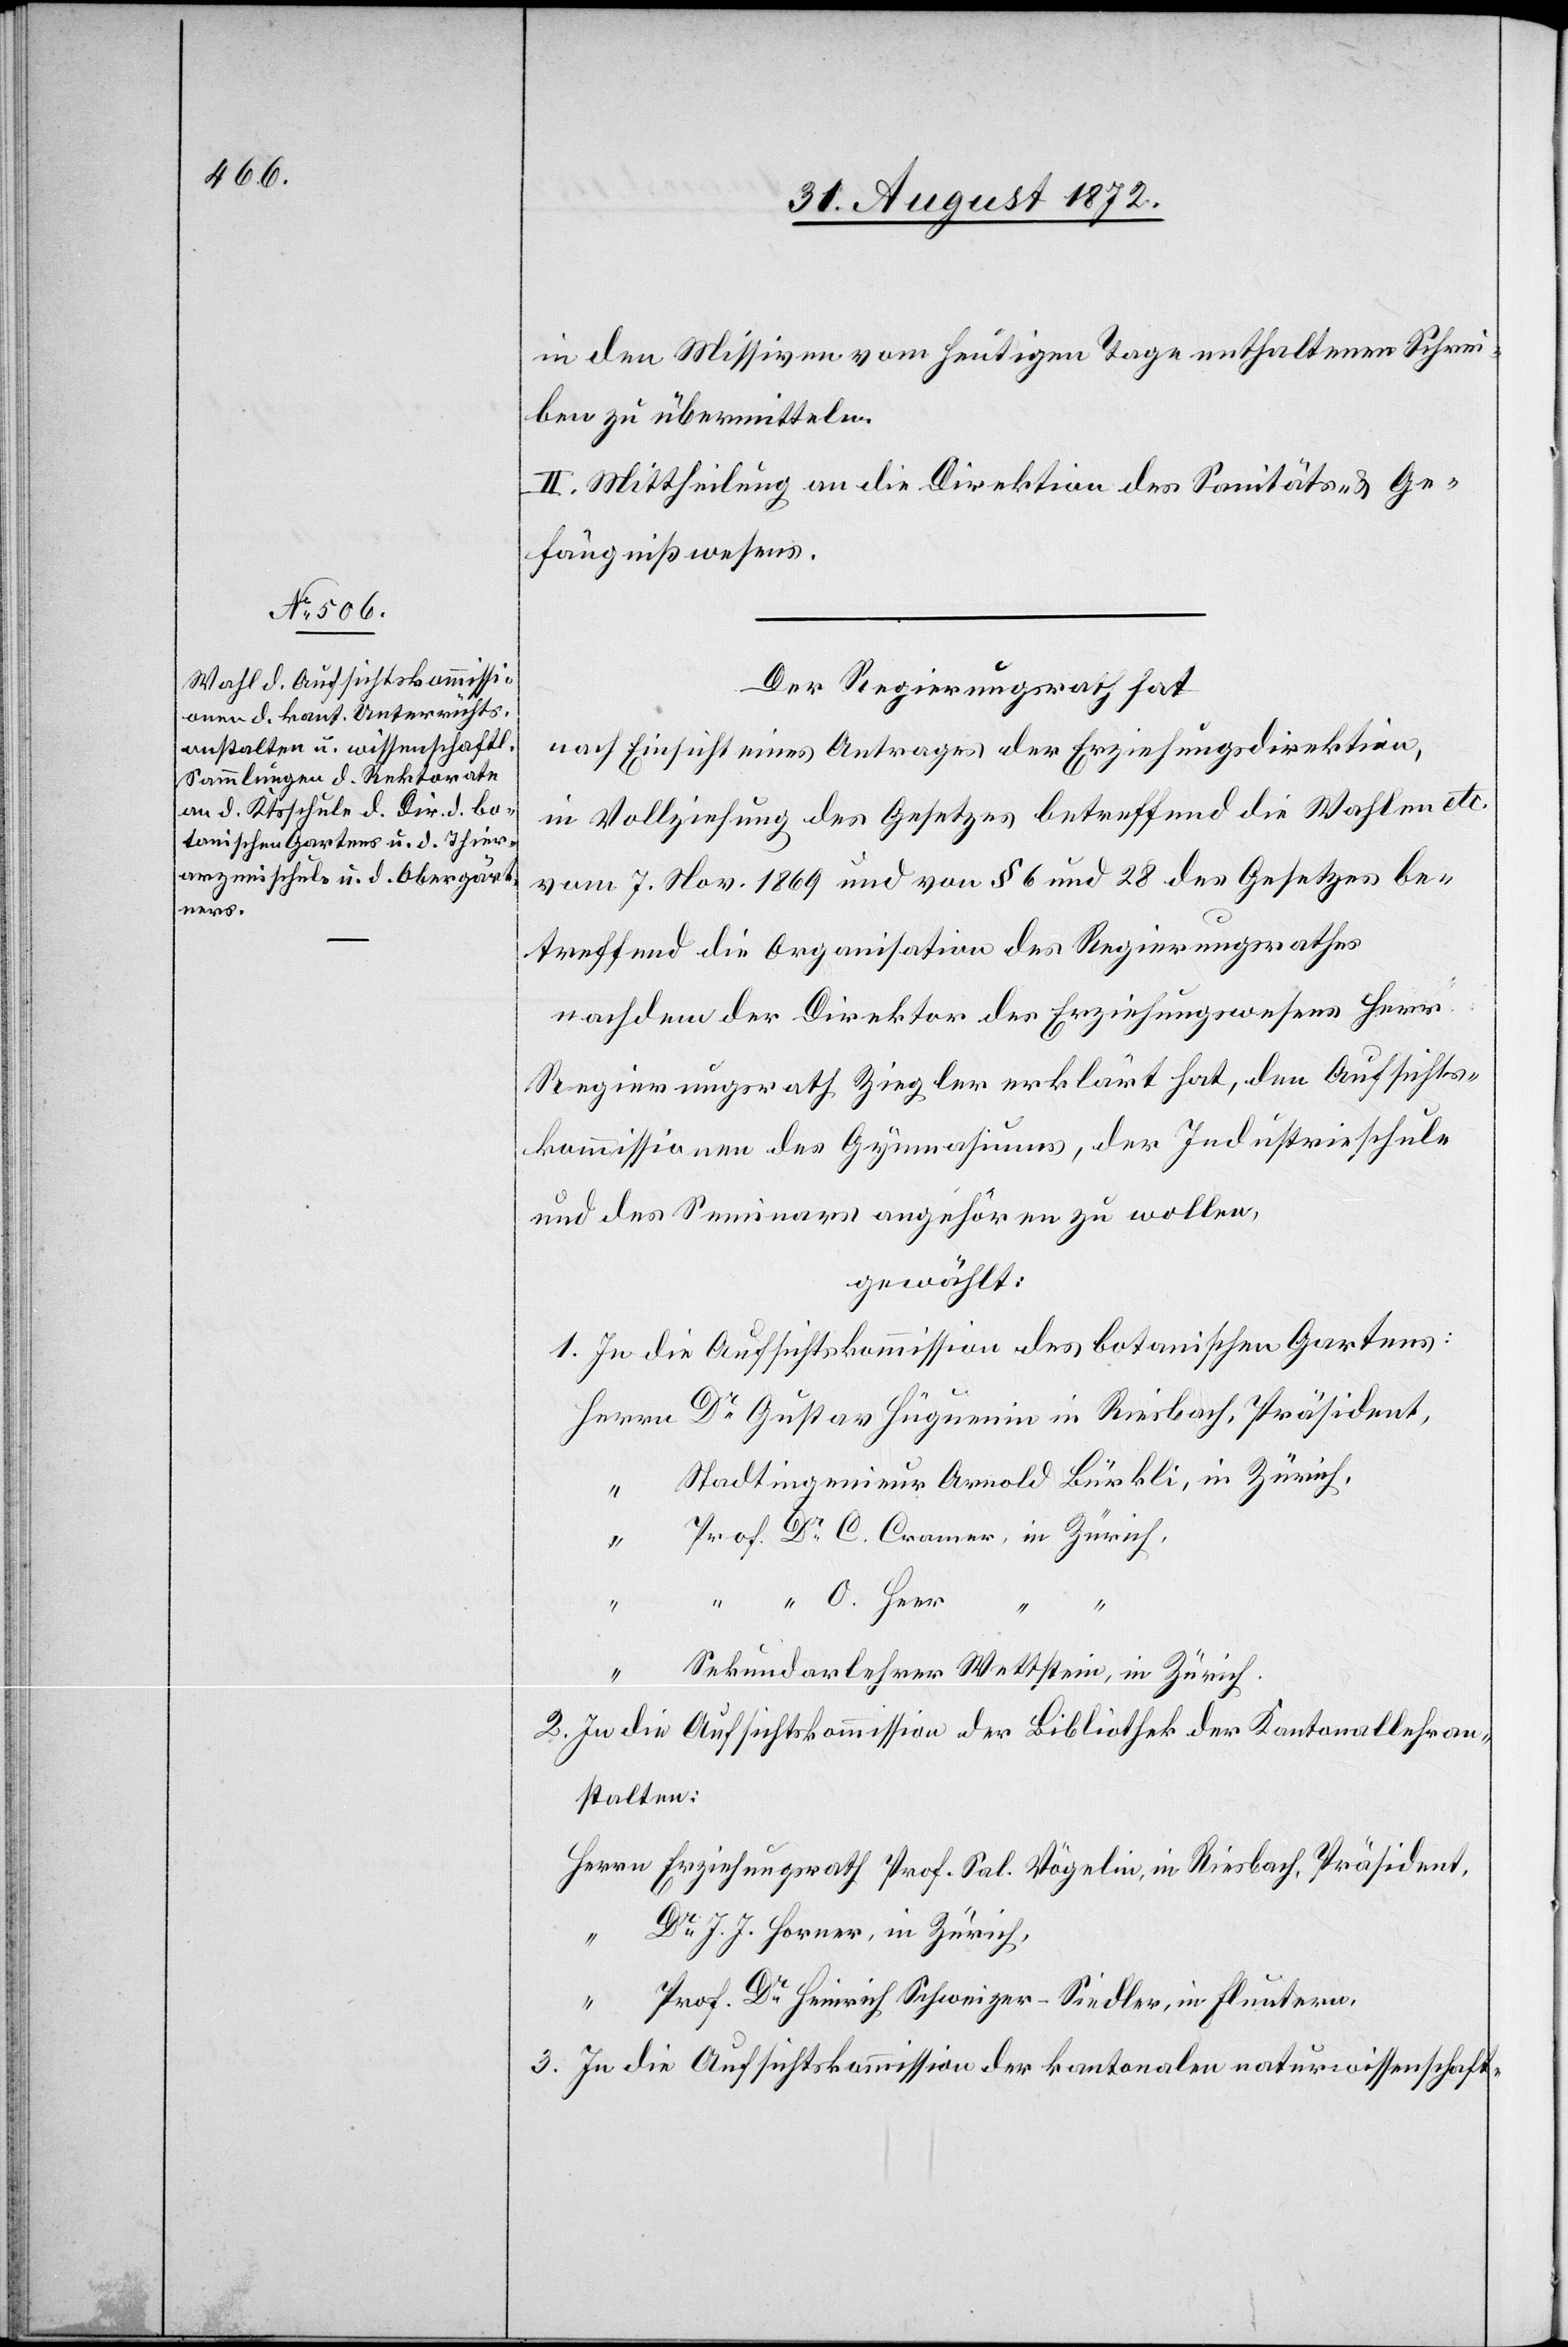
in den Missiven vom heutigen Tage enthaltenen Schrei¬
ben zu übermitteln.
II. Mittheilung an die Direktion des Sanitäts- u. Ge¬
fängnißwesens.
Der Regierungsrath hat
nach Einsicht eines Antrages der Erziehungsdirektion,
in Vollziehung des Gesetzes betreffend die Wahlen etc.
vom 7. Nov. 1869 und von § 6 und 28 des Gesetzes be¬
treffend die Organisation des Regierungsrathes
nachdem der Direktor der Erziehungswesens Herr
Regierungsrath Ziegler erklärt hat, den Aufsichts¬
kommissionen des Gymnasiums, der Industrieschule
und des Seminars angehören zu wollen,
gewählt:
1. In die Aufsichtskommission des botanischen Gartens:
Dr Gustav Huguenin in Riesbach, Präsident,
Stadtingenieur Arnold Bürkli, in Zürich,
Prof. Dr C. Cramer, in Zürich,
“ “ O. Heer
Sekundarlehrer Wettstein, in Zürich.
2. In die Aufsichtskommission der Bibliothek der Kantonallehran¬
stalten:
Erziehungsrath Prof. Sal. Vögelin, in Riesbach, Präsident,
Dr J. J. Horner, in Zürich,
Prof. Dr Heinrich Schweizer-Siedler, in Fluntern,
3. In die Aufsichtskommission der kantonalen naturwissenschaft-